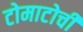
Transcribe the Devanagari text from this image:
टोमाटोची